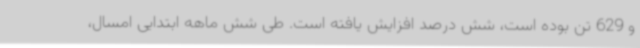
و 629 تن بوده است، شش درصد افزایش یافته است. طی شش ماهه ابتدایی امسال،